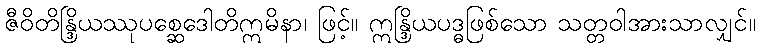
ဇီဝိတိန္ဒြိယဿုပစ္ဆေဒေါတိဣမိနာ၊ ဖြင့်။ ဣန္ဒြိယပဒ္ဓဖြစ်သော သတ္တဝါအားသာလျှင်။